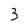
Character: 3